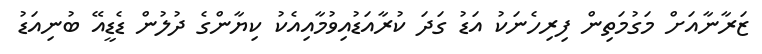
ޒަރާނާއަށް މަގުމަތިން ފިރިހެނަކު އަޑު ގަދަ ކުރާއަޑުއިވުމާއިއެކު ކިޔާންގެ ދުލުން ޑެޑީއޭ ބުނިއަޑު